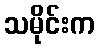
သမိုင်းက